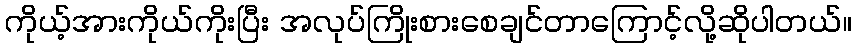
ကိုယ့်အားကိုယ်ကိုးပြီး အလုပ်ကြိုးစားစေချင်တာကြောင့်လို့ဆိုပါတယ်။